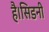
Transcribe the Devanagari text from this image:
है।सिडनी